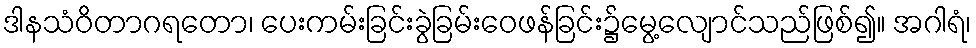
ဒါနသံဝိတာဂရတော၊ ပေးကမ်းခြင်းခွဲခြမ်းဝေဖန်ခြင်း၌မွေ့လျောင်သည်ဖြစ်၍။ အဂါရံ၊